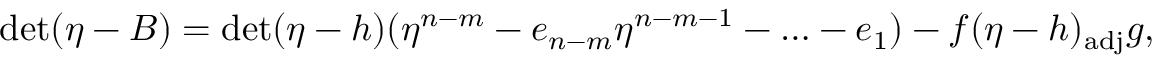
\operatorname * { d e t } ( \eta - B ) = \operatorname * { d e t } ( \eta - h ) ( \eta ^ { n - m } - e _ { n - m } \eta ^ { n - m - 1 } - \ldots - e _ { 1 } ) - f ( \eta - h ) _ { \mathrm { a d j } } g ,